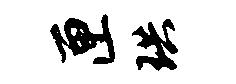
匣珙